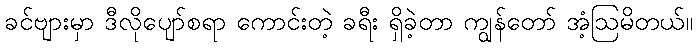
ခင်ဗျားမှာ ဒီလိုပျော်စရာ ကောင်းတဲ့ ခရီး ရှိခဲ့တာ ကျွန်တော် အံ့ဩမိတယ်။